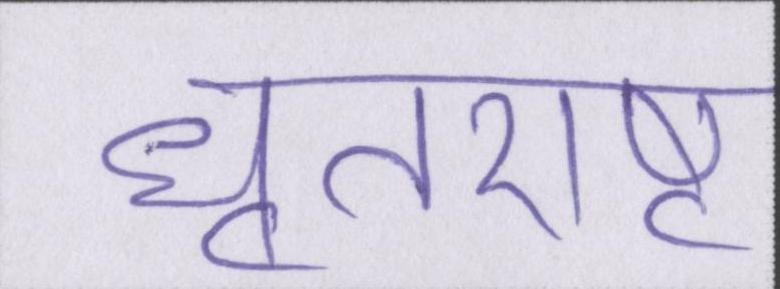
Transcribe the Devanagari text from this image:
धृतराष्ट्र